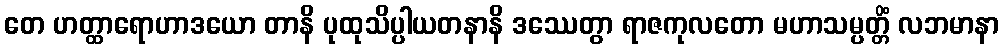
တေ ဟတ္ထာရောဟာဒယော တာနိ ပုထုသိပ္ပါယတနာနိ ဒဿေတွာ ရာဇကုလတော မဟာသမ္ပတ္တိံ လဘမာနာ